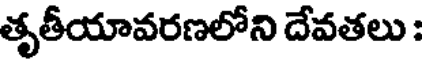
తృతీయావరణలోని దేవతలు :